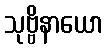
သုဗ္ဗိနာယော